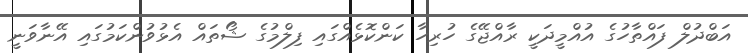
އަބްދުލް ފައްތާހުގެ އުއްމީދަކީ ރާއްޖޭގެ ހުރިހާ ކަންކޮޅެއްގައި ފިލްމުގެ ޝޯތައް އެޅުވުންކަމުގައި އޭނާވަނީ